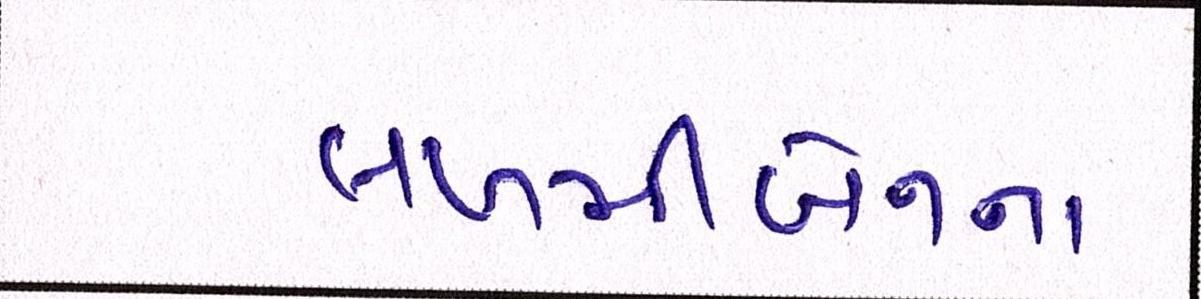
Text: લખમીબેનના